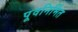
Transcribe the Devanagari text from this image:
पूवनिर्मित